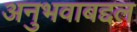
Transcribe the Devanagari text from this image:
अनुभवाबद्दल